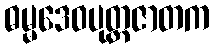
ဓမ္မဒေဝပုတ္တဇာတက